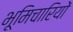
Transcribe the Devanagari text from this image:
भूमिचारियों